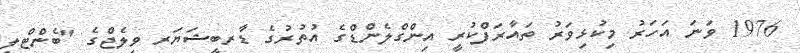
1976 ވަނަ އަހަރު މިކުޅިވަރު ތައާރަފްކުރީ އިންގްލެންޑްގެ އުތުރުގެ ޑާރބީޝަޔަރ ވިލެޖްގެ "ބެންޓްލީ